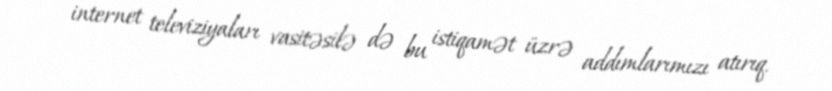
internet televiziyaları vasitəsilə də bu istiqamət üzrə addımlarımızı atırıq.